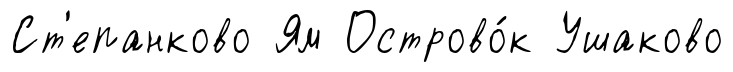
Ст'епанково Ям Острово́к Ушаково